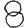
Digit: 8